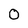
Character: 0